Leningradi_Edasi_toimetus, lk 19
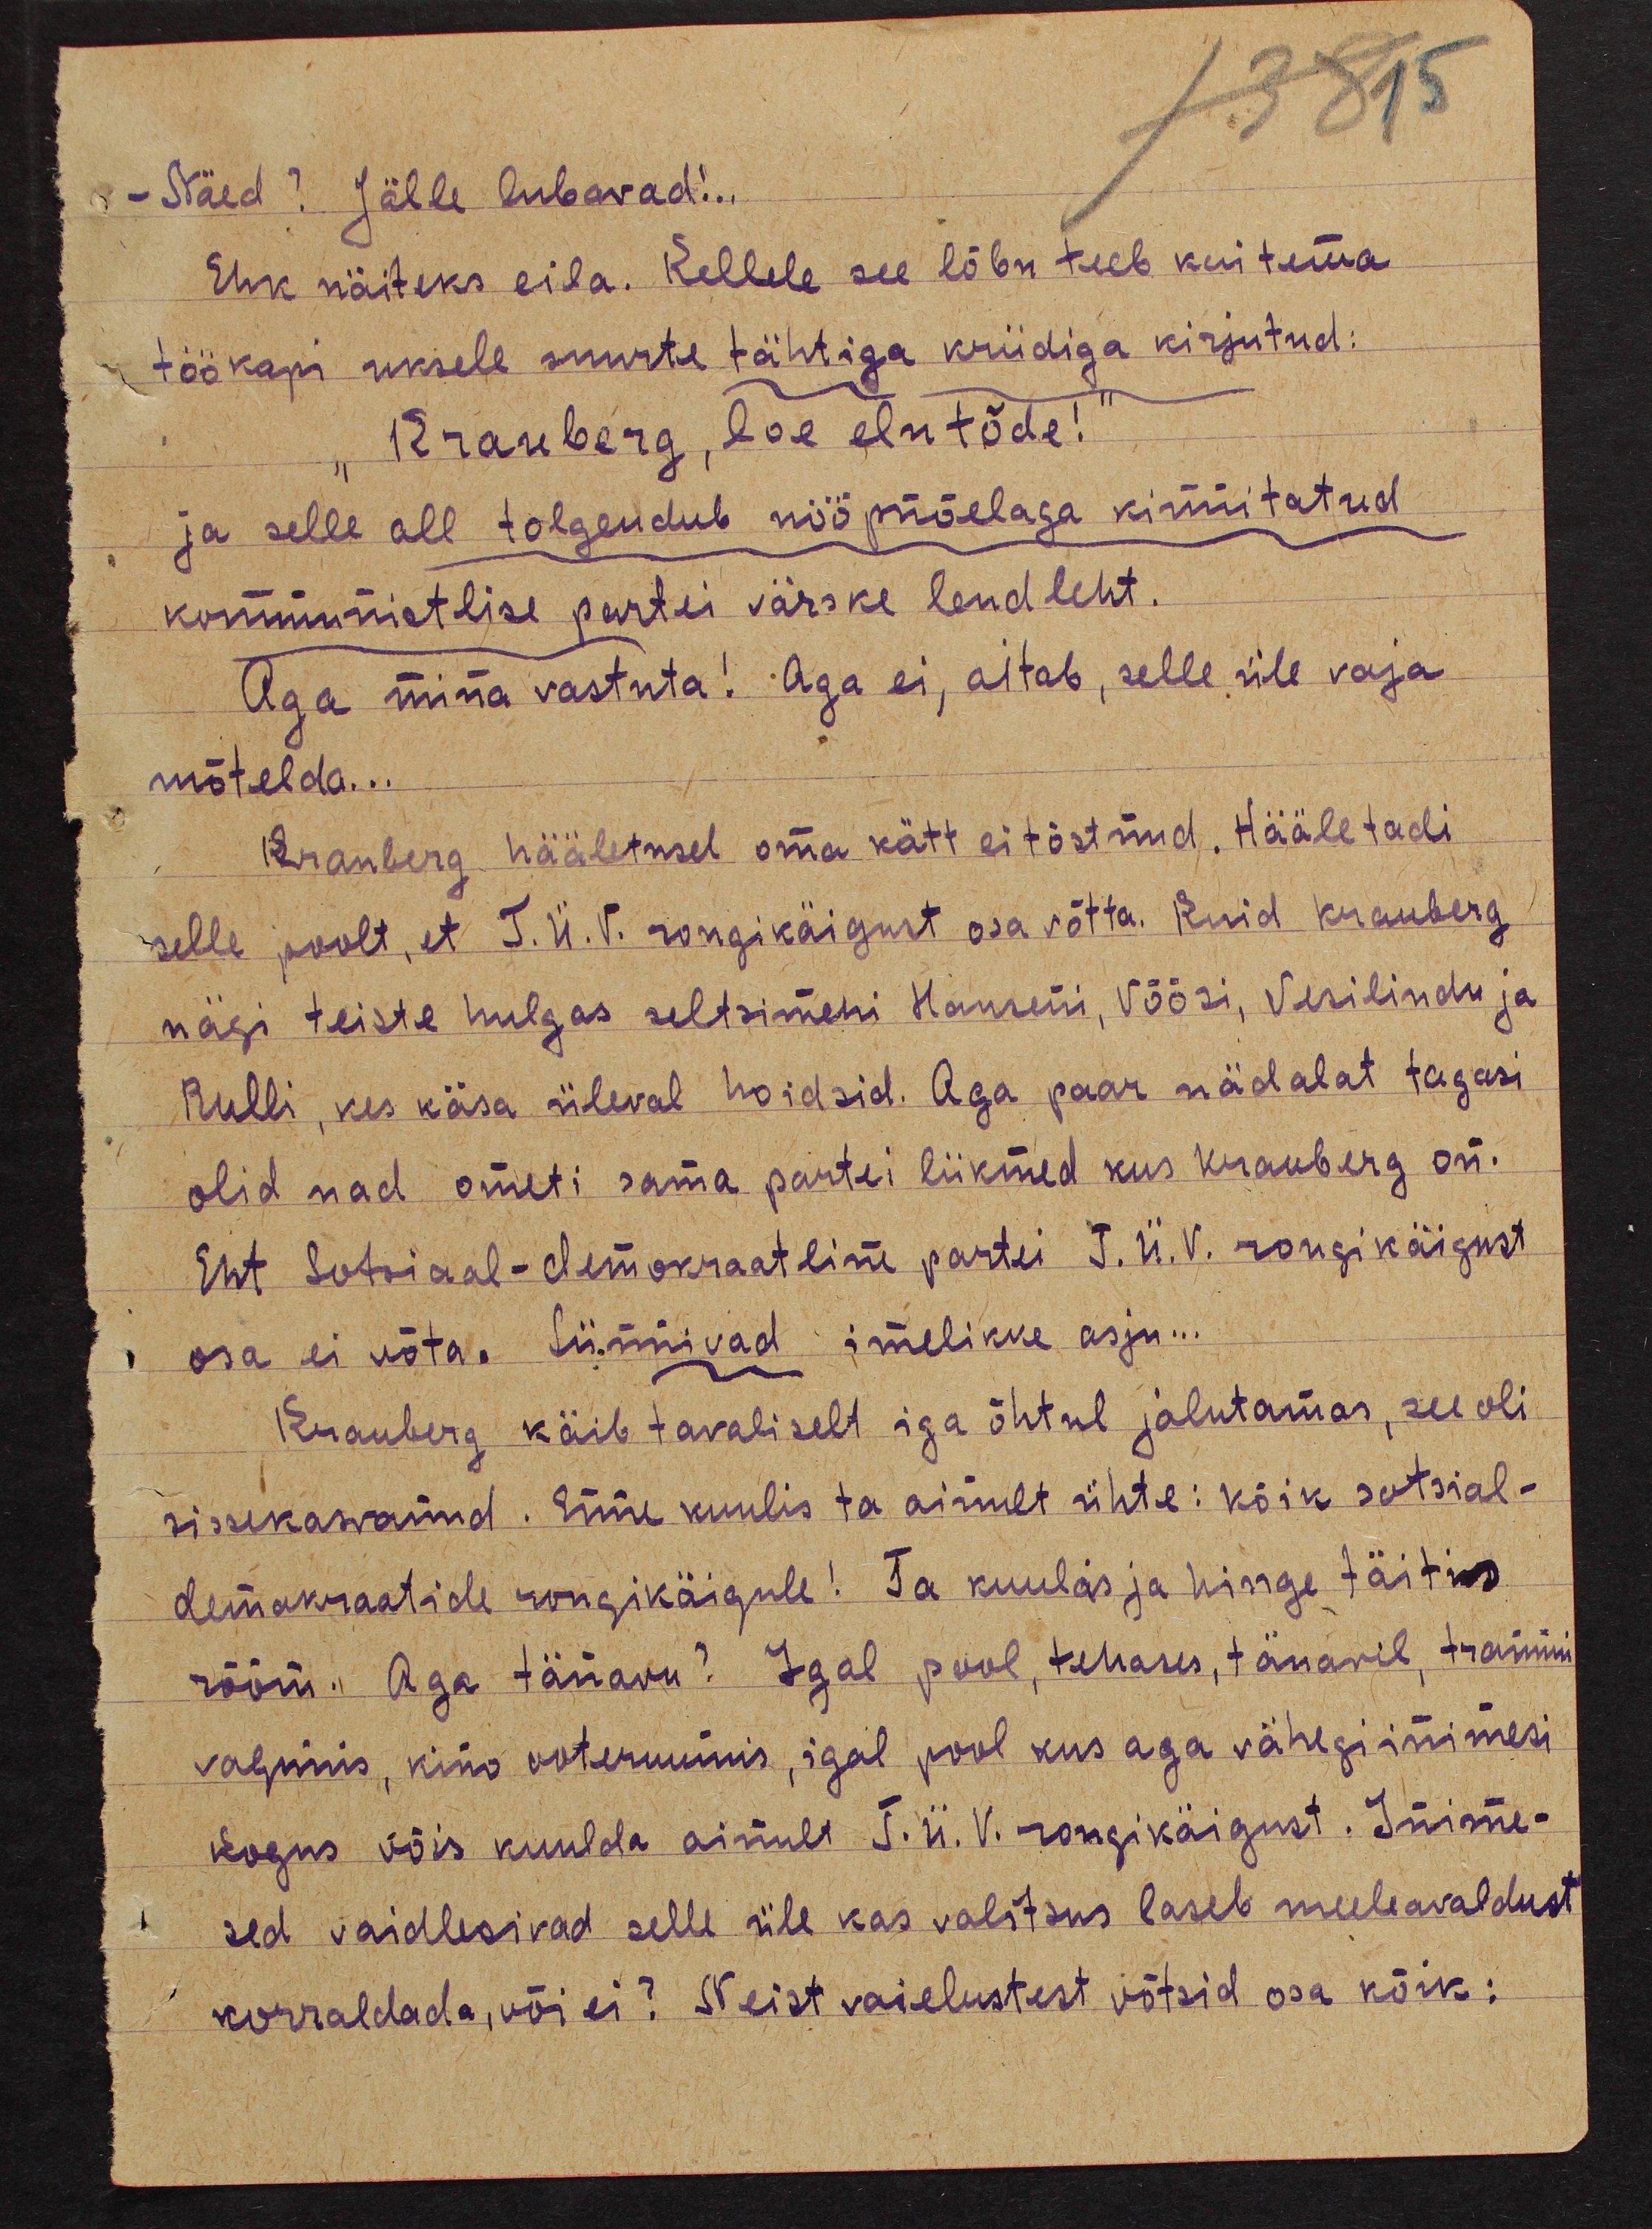
- Näed? Jälle lubavad!..
Ehk näiteks eila. Kellele see lõbu teeb kui tema
töökapi uksele suurte tähtiga kriidiga kirjutud:
Krauberg, loe elutõde!
ja selle all tolgendub nööpnõelaga kinnitatud
kommunistlise partei värske lendleht.
Aga mina vastuta! Aga ei, aitab, selle üle vaja
mõtelda...
Krauberg hääletusel oma kätt ei tõstnud. Hääletadi
selle poolt, et T.Ü.V. rongikäigust osa võtta. Kuid Krauberg
nägi teiste hulgas seltsimehi Hanseni, Võõsi, Vesilindu ja
Rulli, kes käsa üleval hoidsid. Aga paar nädalat tagasi
olid nad ometi sama partei liikmed kus Krauberg on.
Ent Sotsiaal-demokraatline partei T.Ü.V. rongikäigust
osa ei võta. Sünnivad imelikke asju...
Krauberg käib tavaliselt iga õhtul jalutamas, see oli
sissekasvanud. Enne kuulis ta ainult ühte: kõik sotsial-
demokaatide rongikäigule! Ta kuulas ja hinge täitis
rõõm. Aga tänavu? Igal pool, tehases, tänavil, trammi
vagunis, kino ooteruumis, igal pool kus aga vähegi inimesi
kogus võis kuulda ainult T.Ü.V. rongikäigust. Inime-
sed vaidlesivad selle üle kas valitsus laseb meeleavaldust
korraldada, või ei? Neist vaielustest võtsid osa kõik: